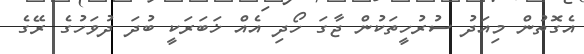
އެގޮތުން މިއަދު ސުރުހީތަކުން ޖާގަ ހޯދި އެއް ޚަބަރަކީ ބުދަ ދުވަހުގެ ރޭގެ